Annual report of the Punjab Veterinary College and of the Civil Veterinary Department, Punjab - 1909-1919
Year: 1909
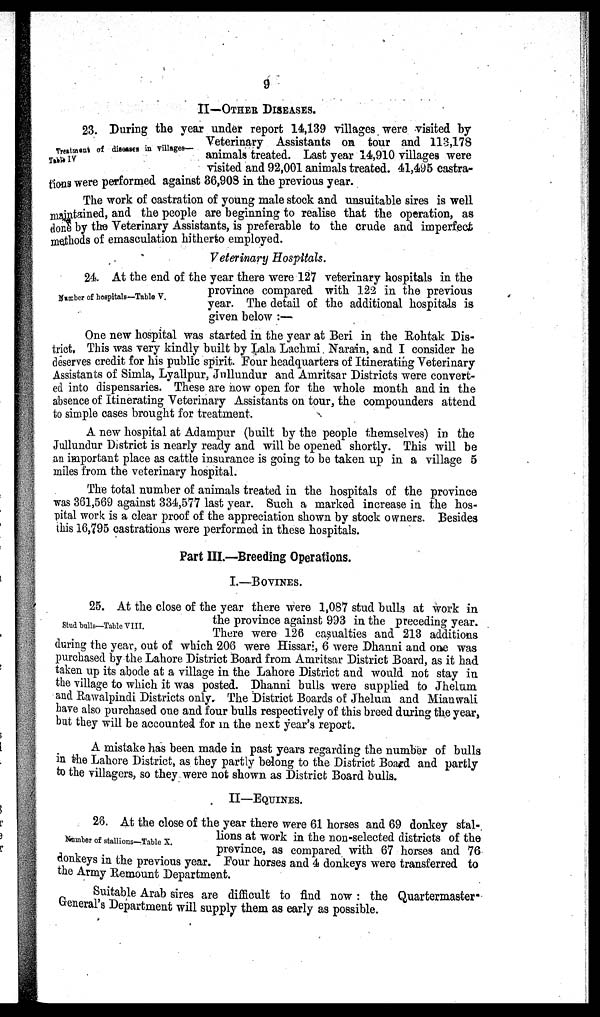
9
II—OTHER DISEASES.
Treatment of diseases in villages—
23. During the year under report 14,139 villages were visited by
Veterinary Assistants on tour and 113,178
animals treated. Last year 14,910 villages were
visited and 92,001 animals treated. 41,495 castra-
tions were performed against 36,908 in the previous year.
The work of castration of young male stock and unsuitable sires is well
maintained, and the people are beginning to realise that the operation, as
done by the Veterinary Assistants, is preferable to the crude and imperfect
methods of emasculation hitherto employed.
Veterinary Hospitals.
Number of hospitals—Table V.
24. At the end of the year there were 127 veterinary hospitals in the
province compared with 122 in the previous
year. The detail of the additional hospitals is
given below :—
One new hospital was started in the year at Beri in the Rohtak Dis-
trict. This was very kindly built by Lala Lachmi Narain, and I consider he
deserves credit for his public spirit. Four headquarters of Itinerating Veterinary
Assistants of Simla, Lyallpur, Jullundur and Amritsar Districts were convert-
ed into dispensaries. These are now open for the whole month and in the
absence of Itinerating Veterinary Assistants on tour, the compounders attend
to simple cases brought for treatment.
A new hospital at Adampur (built by the people themselves) in the
Jullundur District is nearly ready and will be opened shortly. This will be
an important place as cattle insurance is going to be taken up in a village 5
miles from the veterinary hospital.
The total number of animals treated in the hospitals of the province
was 361,569 against 334,577 last year. Such a marked increase in the hos-
pital work is a clear proof of the appreciation shown by stock owners. Besides
this 16,795 castrations were performed in these hospitals.
Part III.—Breeding Operations.
I.—BOVINES.
Stud bulls—Table VIII.
25. At the close of the year there were 1,087 stud bulls at work in
the province against 993 in the preceding year.
There were 126 casualties and 213 additions
during the year, out of which 206 were Hissari, 6 were Dhanni and one was
purchased by the Lahore District Board from Amritsar District Board, as it had
taken up its abode at a village in the Lahore District and would not stay in
the village to which it was posted. Dhanni bulls were supplied to Jhelum
and Rawalpindi Districts only. The District Boards of Jhelum and Mianwali
have also purchased one and four bulls respectively of this breed during the year,
but they will be accounted for in the next year's report.
A mistake has been made in past years regarding the number of bulls
in the Lahore District, as they partly belong to the District Board and partly
to the villagers, so they were not shown as District Board bulls.
II—EQUINES.
Number of stallions—Table X.
26. At the close of the year there were 61 horses and 69 donkey stal-
lions at work in the non-selected districts of the
province, as compared with 67 horses and 76
donkeys in the previous year. Four horses and 4 donkeys were transferred to
the Army Remount Department.
Suitable Arab sires are difficult to find now: the Quartermaster-
General's Department will supply them as early as possible.